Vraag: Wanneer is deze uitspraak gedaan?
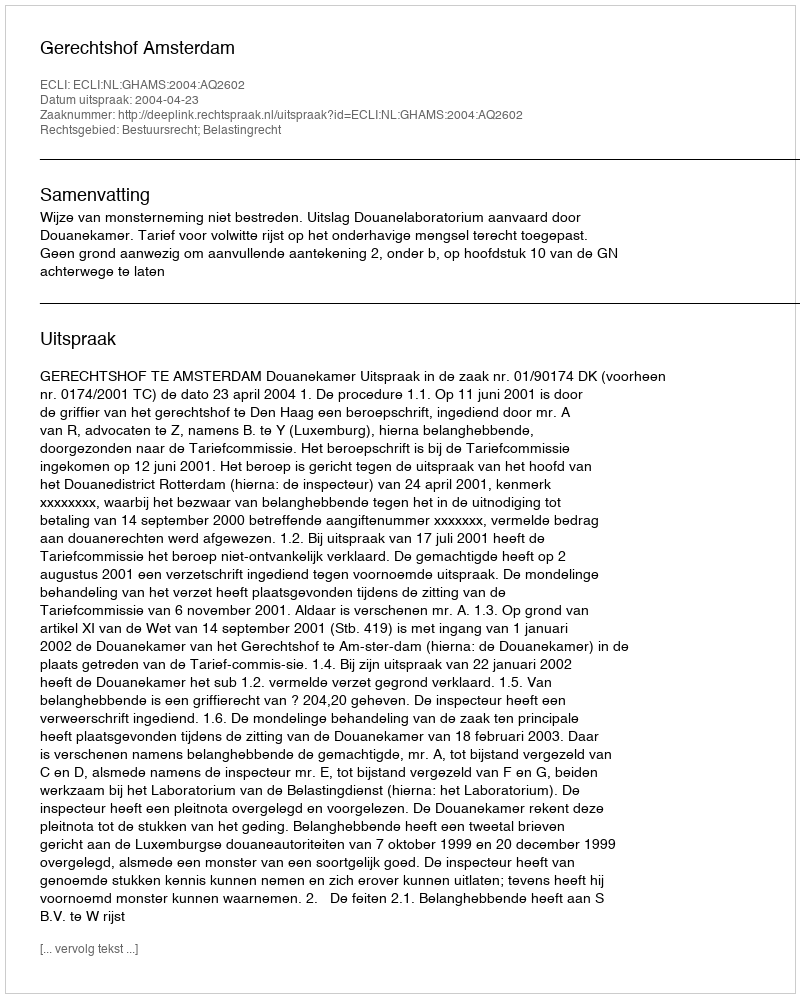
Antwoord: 2004-04-23